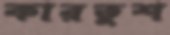
কারতুশ